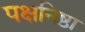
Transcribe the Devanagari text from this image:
पक्षनिष्ठा